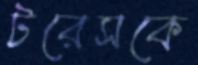
টরেসকে